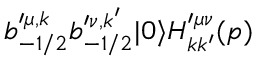
b _ { - 1 / 2 } ^ { \prime \mu , k } b _ { - 1 / 2 } ^ { \prime \nu , k ^ { \prime } } | 0 \rangle H _ { k k ^ { \prime } } ^ { \prime \mu \nu } ( p )